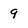
Character: 9